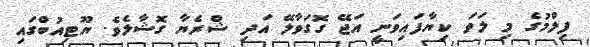
ފިލްމުގެ މި ލަވަ ކިޔާފައިވަނީ އަޖޭ ގޮގަވާލޭ އަދި ޝްރެޔާ ގޮޝާލެވެ. ޔޫޓިއުބްގައި